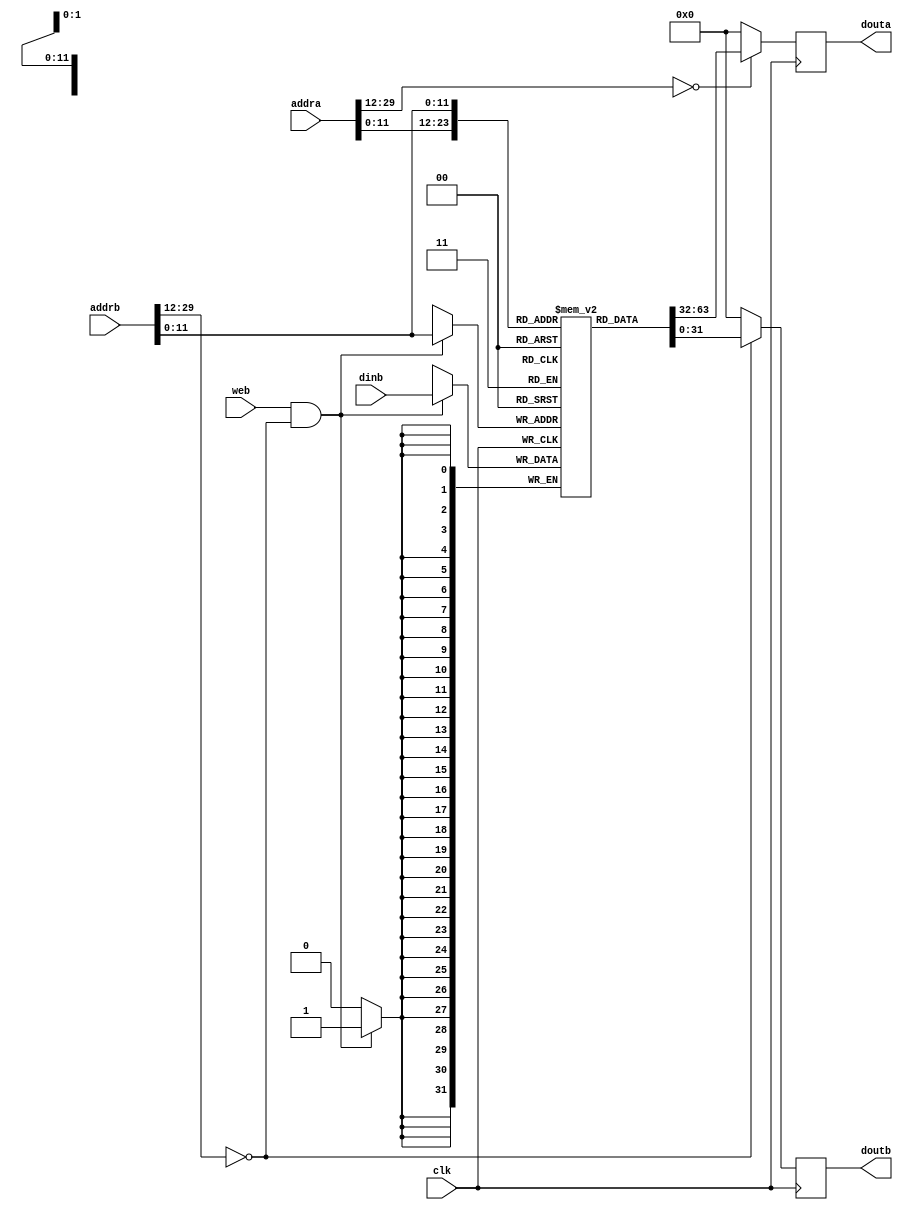
// asm file name: MatMul.S
/*
module InstructionCache(
    input wire clk,
    input wire write_en,
    input wire [31:2] addr, debug_addr,
    input wire [31:0] debug_input,
    output reg [31:0] data, debug_data
);

    // local variable
    wire addr_valid = (addr[31:14] == 18'h0);
    wire debug_addr_valid = (debug_addr[31:14] == 18'h0);
    wire [11:0] dealt_addr = addr[13:2];
    wire [11:0] dealt_debug_addr = debug_addr[13:2];
    // cache content
    reg [31:0] inst_cache[0:4095];


    initial begin
        data = 32'h0;
        debug_data = 32'h0;
        inst_cache[       0] = 32'h00404713;
        inst_cache[       1] = 32'h00404693;
        inst_cache[       2] = 32'h00e696b3;
        inst_cache[       3] = 32'h00004633;
        inst_cache[       4] = 32'h00e69533;
        inst_cache[       5] = 32'h00a505b3;
        inst_cache[       6] = 32'h000042b3;
        inst_cache[       7] = 32'h00004333;
        inst_cache[       8] = 32'h00004e33;
        inst_cache[       9] = 32'h000043b3;
        inst_cache[      10] = 32'h00e29eb3;
        inst_cache[      11] = 32'h007e8eb3;
        inst_cache[      12] = 32'h00ae8eb3;
        inst_cache[      13] = 32'h000eae83;
        inst_cache[      14] = 32'h00e39f33;
        inst_cache[      15] = 32'h006f0f33;
        inst_cache[      16] = 32'h00bf0f33;
        inst_cache[      17] = 32'h000f2f03;
        inst_cache[      18] = 32'h01eefeb3;
        inst_cache[      19] = 32'h01de0e33;
        inst_cache[      20] = 32'h00438393;
        inst_cache[      21] = 32'hfcd3cae3;
        inst_cache[      22] = 32'h00e29eb3;
        inst_cache[      23] = 32'h006e8eb3;
        inst_cache[      24] = 32'h00ce8eb3;
        inst_cache[      25] = 32'h01cea023;
        inst_cache[      26] = 32'h00430313;
        inst_cache[      27] = 32'hfad34ae3;
        inst_cache[      28] = 32'h00428293;
        inst_cache[      29] = 32'hfad2c4e3;
        inst_cache[      30] = 32'h00100293;
        inst_cache[      31] = 32'h00e292b3;
        inst_cache[      32] = 32'h00e292b3;
        inst_cache[      33] = 32'h00229293;
        inst_cache[      34] = 32'h00000313;
        inst_cache[      35] = 32'h00032383;
        inst_cache[      36] = 32'h00430313;
        inst_cache[      37] = 32'hfe534ce3;
        inst_cache[      38] = 32'h0000006f;
end

    always@(posedge clk)
    begin
        data <= addr_valid ? inst_cache[dealt_addr] : 32'h0;
        debug_data <= debug_addr_valid ? inst_cache[dealt_debug_addr] : 32'h0;
        if(write_en & debug_addr_valid) 
            inst_cache[dealt_debug_addr] <= debug_input;
    end

endmodule

*/
// asm file name: QuickSort.S
// asm file name: QuickSort.S
// asm file name: QuickSort.S
module InstructionCache(
    input wire clk,
    input wire web,
    input wire [31:2] addra, addrb,
    input wire [31:0] dinb,
    output reg [31:0] douta, doutb
);

    // local variable
    wire addr_valid = (addra[31:14] == 18'h0);
    wire debug_addr_valid = (addrb[31:14] == 18'h0);
    wire [11:0] dealt_addr = addra[13:2];
    wire [11:0] dealt_debug_addr = addrb[13:2];
    // cache content
    reg [31:0] inst_cache[0:4095];


    initial begin
        douta = 32'h0;
        doutb = 32'h0;
        //main
        inst_cache[       0] = 32'h10004693;
        inst_cache[       1] = 32'h00001137;
        inst_cache[       2] = 32'h00004533;
        inst_cache[       3] = 32'h000045b3;
        inst_cache[       4] = 32'hfff68613;
        inst_cache[       5] = 32'h00261613;
        inst_cache[       6] = 32'h024000ef;//jal    ra  , QuickSort  
        inst_cache[       7] = 32'h00068293;
        inst_cache[       8] = 32'h00050313;
        inst_cache[       9] = 32'h00229293;
        inst_cache[      10] = 32'h00231313;//slli   t1, t1, 2
        inst_cache[      11] = 32'h00032383;//lw     t2, (t1)
        inst_cache[      12] = 32'h00430313;
        inst_cache[      13] = 32'hfe534ce3;
        inst_cache[      14] = 32'h0000006f;//jal   zero, infinity_loop
        inst_cache[      15] = 32'h0cc5da63;//bge    a1, a2, QuickSortReturn 
        inst_cache[      16] = 32'h0005e333;
        inst_cache[      17] = 32'h000663b3;
        inst_cache[      18] = 32'h006502b3;
        inst_cache[      19] = 32'h0002a283;
        inst_cache[      20] = 32'h04735263;// bge    t1, t2, PartationEnd 
        inst_cache[      21] = 32'h00750e33;
        inst_cache[      22] = 32'h000e2e03;
        inst_cache[      23] = 32'h005e4663;
        inst_cache[      24] = 32'hffc38393;
        inst_cache[      25] = 32'hfedff06f;//jal    zero, PartationFirstStart 
        inst_cache[      26] = 32'h00650eb3;//add    t4  , a0, t1
        inst_cache[      27] = 32'h01cea023;
        inst_cache[      28] = 32'h02735263;// bge    t1, t2, PartationEnd  
        inst_cache[      29] = 32'h00650e33;
        inst_cache[      30] = 32'h000e2e03;
        inst_cache[      31] = 32'h01c2c663;//blt    t0, t3, PartationSecondEnd
        inst_cache[      32] = 32'h00430313;
        inst_cache[      33] = 32'hfedff06f;//jal    zero, PartationSecondStart
        inst_cache[      34] = 32'h00750eb3;
        inst_cache[      35] = 32'h01cea023;
        inst_cache[      36] = 32'hfc7340e3;//blt    t1, t2, PartationStart  
        inst_cache[      37] = 32'h00650eb3;
        inst_cache[      38] = 32'h005ea023;
        inst_cache[      39] = 32'hffc10113;
        inst_cache[      40] = 32'h00112023;
        inst_cache[      41] = 32'hffc10113;
        inst_cache[      42] = 32'h00b12023;
        inst_cache[      43] = 32'hffc10113;
        inst_cache[      44] = 32'h00c12023;
        inst_cache[      45] = 32'hffc10113;
        inst_cache[      46] = 32'h00612023;
        inst_cache[      47] = 32'hffc30613;
        inst_cache[      48] = 32'hf7dff0ef;
        inst_cache[      49] = 32'h00012303;
        inst_cache[      50] = 32'h00410113;
        inst_cache[      51] = 32'h00012603;
        inst_cache[      52] = 32'h00410113;
        inst_cache[      53] = 32'h00012583;
        inst_cache[      54] = 32'hffc10113;
        inst_cache[      55] = 32'h00c12023;
        inst_cache[      56] = 32'hffc10113;
        inst_cache[      57] = 32'h00612023;
        inst_cache[      58] = 32'h00430593;
        inst_cache[      59] = 32'hf51ff0ef;
        inst_cache[      60] = 32'h00012303;
        inst_cache[      61] = 32'h00410113;
        inst_cache[      62] = 32'h00012603;
        inst_cache[      63] = 32'h00410113;
        inst_cache[      64] = 32'h00012583;
        inst_cache[      65] = 32'h00410113;
        inst_cache[      66] = 32'h00012083;
        inst_cache[      67] = 32'h00410113;
        inst_cache[      68] = 32'h00008067;
end

    always@(posedge clk)
    begin
        douta <= addr_valid ? inst_cache[dealt_addr] : 32'h0;
        doutb <= debug_addr_valid ? inst_cache[dealt_debug_addr] : 32'h0;
        if(web & debug_addr_valid) 
            inst_cache[dealt_debug_addr] <= dinb;
    end

endmodule